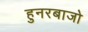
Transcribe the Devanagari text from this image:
हुनरबाजो